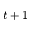
t + 1